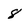
Character: 8